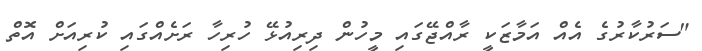
"ސަރުކާރުގެ އެއް އަމާޒަކީ ރާއްޖޭގައި މީހުން ދިރިއުޅޭ ހުރިހާ ރަށެއްގައި ކުރިއަށް އޮތް